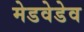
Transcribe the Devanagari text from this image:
मेडवेडेव